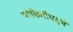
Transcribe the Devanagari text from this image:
चौकिमीमध्ये